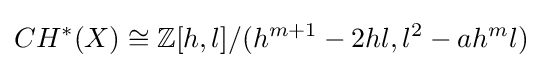
CH^{*}(X)\cong \mathbb {Z} [h,l]/(h^{m+1}-2hl,l^{2}-ah^{m}l)